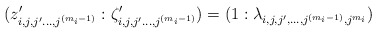
\begin{align*} (z_{i,j,j'\ldots , j^{(m_i-1)}}':\zeta_{i,j,j'\ldots , j^{(m_i-1)}}') = ( 1: \lambda_{i,j,j',\ldots, j^{(m_i-1)}, j^{m_i}} ) \end{align*}